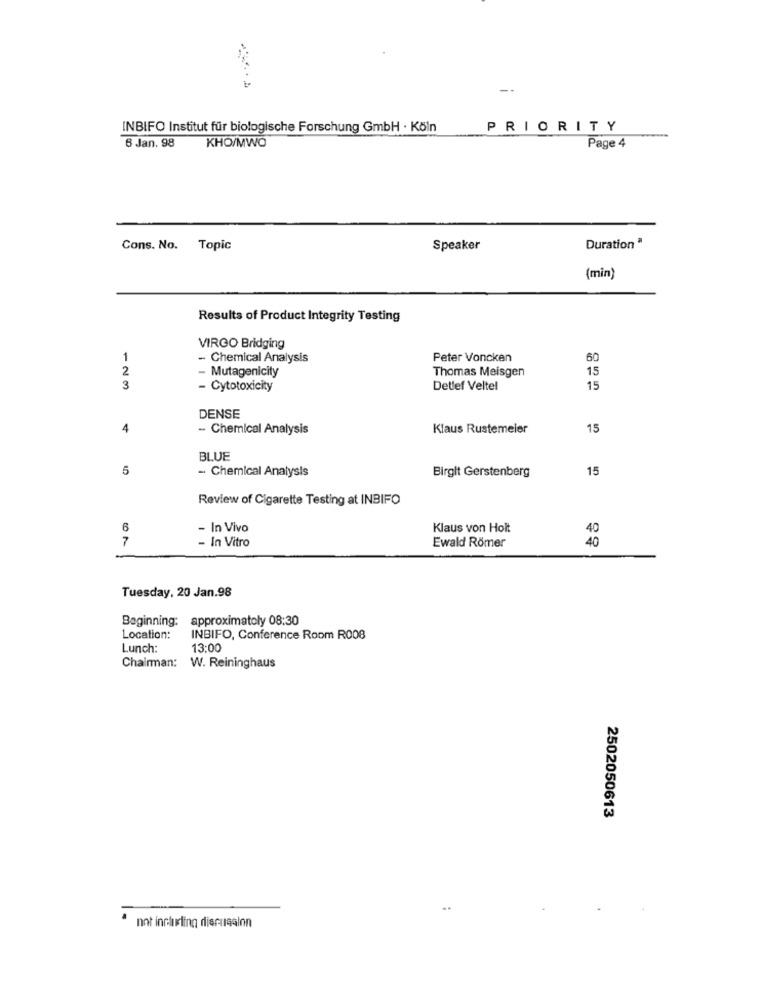
--
INBIFO Institut für biologische Forschung GmbH · Köln
PRIORITY
6 Jan. 98
KHO/MWO
Page 4
Cons. No. Topic
Speaker
Duration "
(min)
Results of Product Integrity Testing
VIRGO Bridging
1
- Chemical Analysis
Peter Voncken
60
2
- Mutagenicity
Thomas Meisgen
15
3
- Cytotoxicity
Detlef Veltel
15
DENSE
4
- Chemical Analysis
Klaus Rustemeier
15
BLUE
5
Birgit Gerstenberg
15
- Chemical Analysis
Review of Cigarette Testing at INBIFO
6
- In Vivo
Klaus von Holt
40
7
- In Vitro
Ewald Römer
40
Tuesday, 20 Jan.98
Beginning: approximately 08:30
Location:
INBIFO, Conference Room R008
Lunch:
13:00
Chairman: W. Reininghaus
2502050613
not including discussion